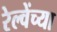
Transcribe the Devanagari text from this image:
रेल्वेंच्या